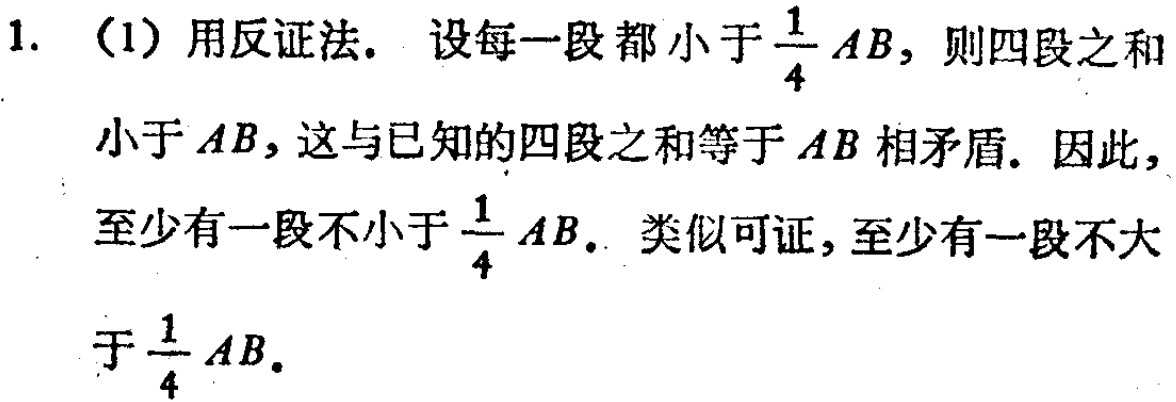
1. （1）用反证法. 设每一段都小于$\frac{1}{4}AB$，则四段之和小于$AB$，这与已知的四段之和等于$AB$相矛盾. 因此，至少有一段不小于$\frac{1}{4}AB$. 类似可证，至少有一段不大于$\frac{1}{4}AB$.